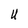
Character: U